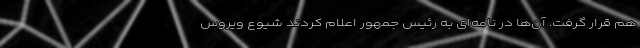
هم قرار گرفت. آن‌ها در نامه‌ای به رئیس جمهور اعلام کردند شیوع ویروس